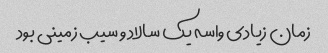
زمان زیادی واسه یک سالاد و سیب زمینی بود